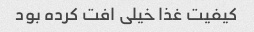
کیفیت غذا خیلی افت کرده بود